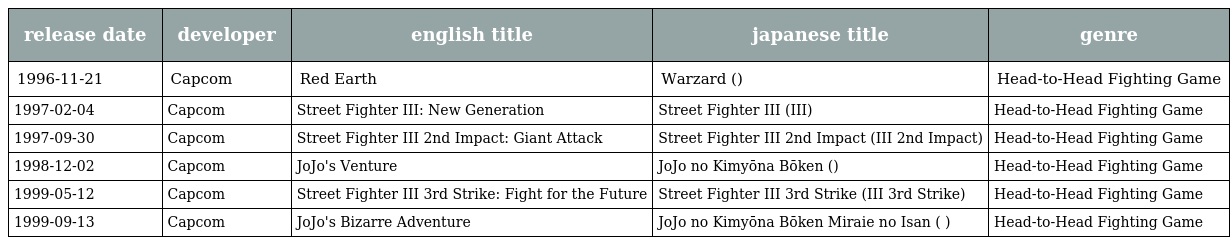
| release date | developer | english title | japanese title | genre |
 | --- | --- | --- | --- | --- |
 | 1996-11-21 | Capcom | Red Earth | Warzard (ウォーザード) | Head-to-Head Fighting Game |
 | 1997-02-04 | Capcom | Street Fighter III: New Generation | Street Fighter III (ストリートファイターIII) | Head-to-Head Fighting Game |
 | 1997-09-30 | Capcom | Street Fighter III 2nd Impact: Giant Attack | Street Fighter III 2nd Impact (ストリートファイターIII 2nd Impact) | Head-to-Head Fighting Game |
 | 1998-12-02 | Capcom | JoJo's Venture | JoJo no Kimyōna Bōken (ジョジョの奇妙な冒険) | Head-to-Head Fighting Game |
 | 1999-05-12 | Capcom | Street Fighter III 3rd Strike: Fight for the Future | Street Fighter III 3rd Strike (ストリートファイターIII 3rd Strike) | Head-to-Head Fighting Game |
 | 1999-09-13 | Capcom | JoJo's Bizarre Adventure | JoJo no Kimyōna Bōken Miraie no Isan (ジョジョの奇妙な冒険 未来への遺産) | Head-to-Head Fighting Game |